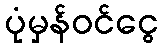
ပုံမှန်ဝင်ငွေ